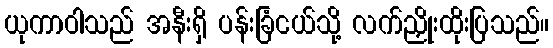
ယုကာဝါသည် အနီးရှိ ပန်းခြံငယ်သို့ လက်ညှိုးထိုးပြသည်။